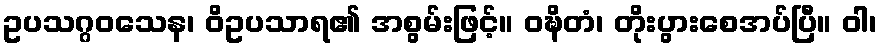
ဥပသဂ္ဂဝသေန၊ ဝိဥပသာရ၏ အစွမ်းဖြင့်။ ဝဍ္ဎိတံ၊ တိုးပွားစေအပ်ပြီ။ ဝါ၊